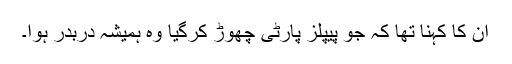
ان کا کہنا تھا کہ جو پیپلز پارٹی چھوڑ کرگیا وہ ہمیشہ دربدر ہوا۔